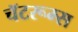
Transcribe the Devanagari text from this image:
चॅटरूम्स